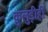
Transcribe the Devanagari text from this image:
कुलुड़ीही